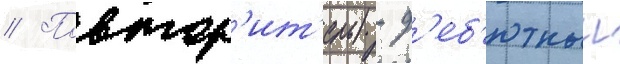
// Повтор'ит'ель) - д'еб'ютныи